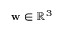
\mathbf { w } \in \mathbb { R } ^ { 3 }